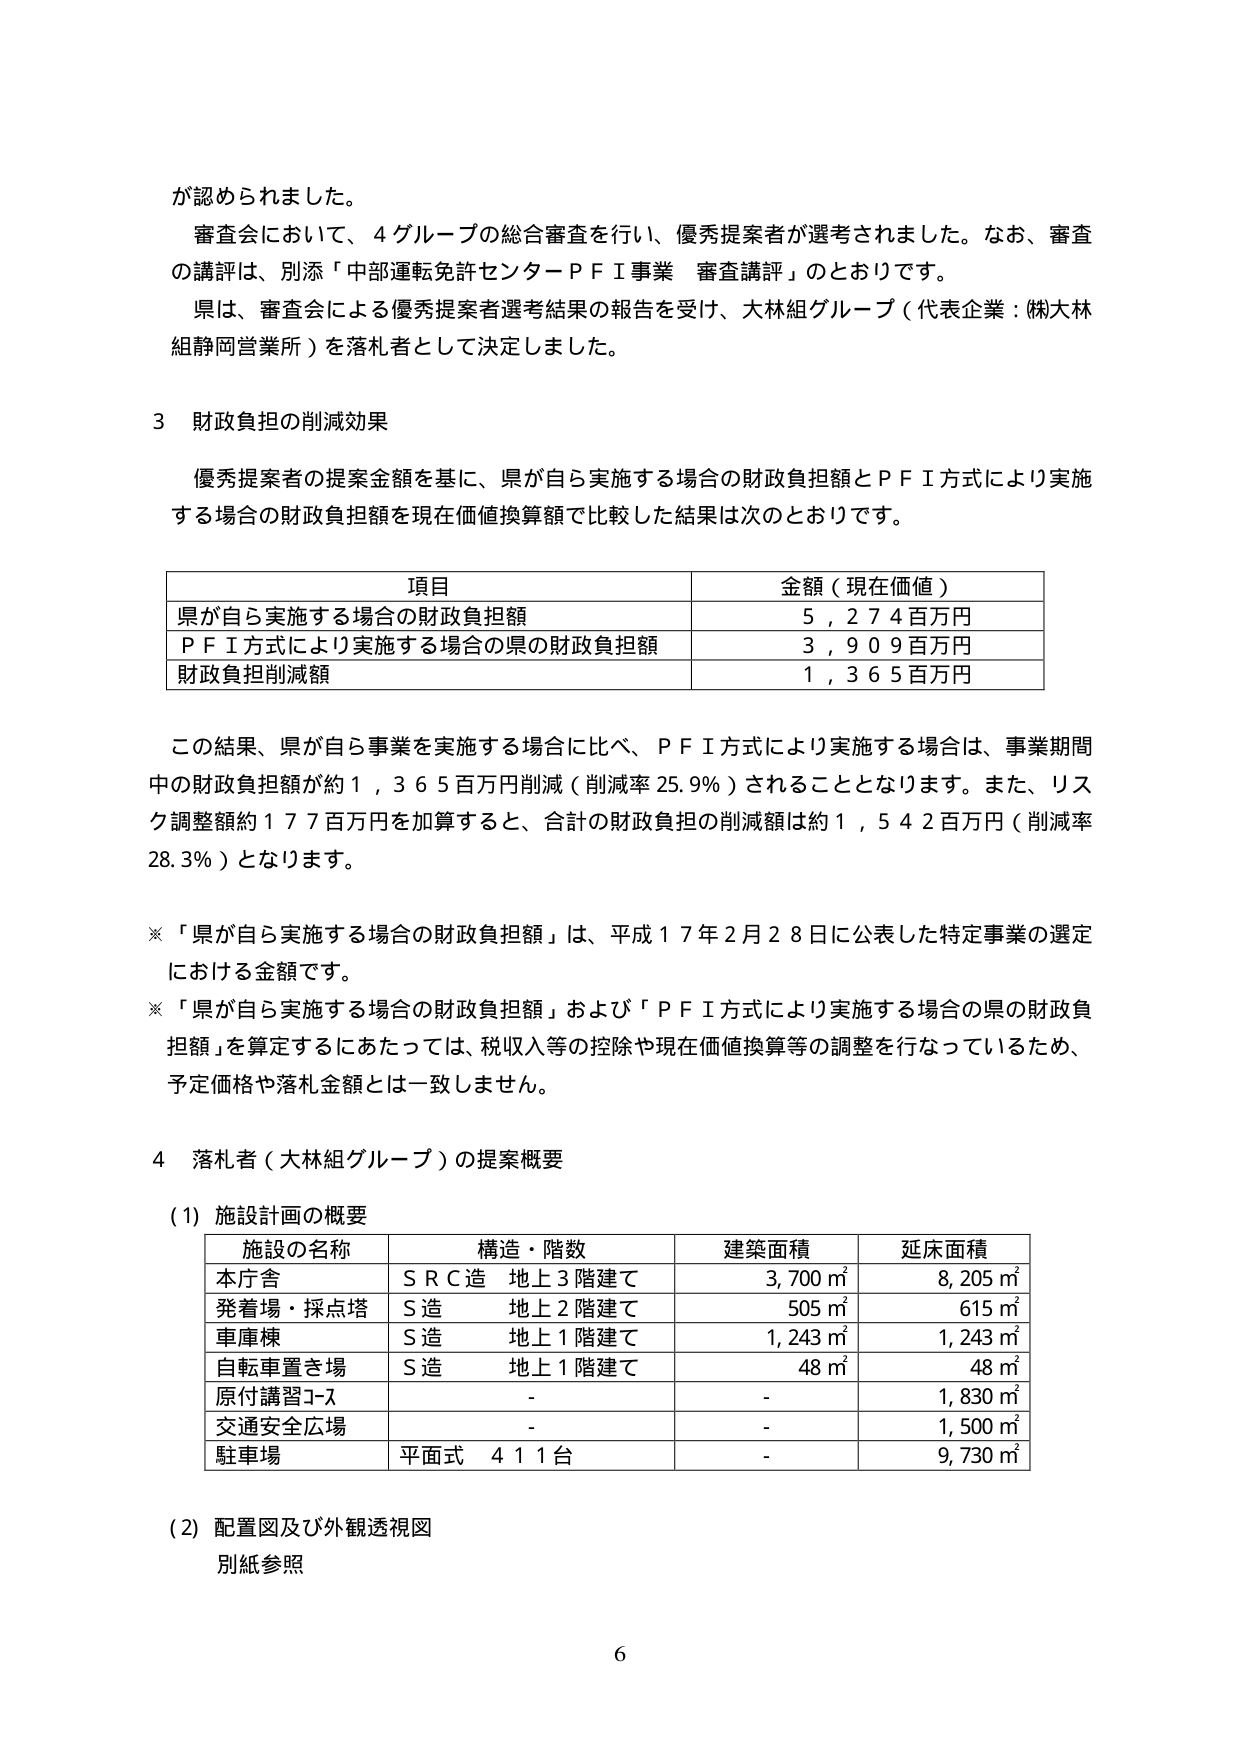
が認められました。

審査会において、４グループの総合審査を行い、優秀提案者が選考されました。なお、審査の講評は、別添「中部運転免許センターＰＦＩ事業 審査講評」のとおりです。

県は、審査会による優秀提案者選考結果の報告を受け、大林組グループ（代表企業：㈱大林組静岡営業所）を落札者として決定しました。

３ 財政負担の削減効果

優秀提案者の提案金額を基に、県が自ら実施する場合の財政負担額とＰＦＩ方式により実施する場合の財政負担額を現在価値換算額で比較した結果は次のとおりです。

| 項目 | 金額（現在価値） |
|---|---|
| 県が自ら実施する場合の財政負担額 | ５，２７４百万円 |
| ＰＦＩ方式により実施する場合の県の財政負担額 | ３，９０９百万円 |
| 財政負担削減額 | １，３６５百万円 |

この結果、県が自ら事業を実施する場合に比べ、ＰＦＩ方式により実施する場合は、事業期間中の財政負担額が約１，３６５百万円削減（削減率25.9％）されることとなります。また、リスク調整額約１７７百万円を加算すると、合計の財政負担の削減額は約１，５４２百万円（削減率28.3％）となります。

※「県が自ら実施する場合の財政負担額」は、平成１７年２月２８日に公表した特定事業の選定における金額です。

※「県が自ら実施する場合の財政負担額」および「ＰＦＩ方式により実施する場合の県の財政負担額」を算定するにあたっては、税収入等の控除や現在価値換算等の調整を行なっているため、予定価格や落札金額とは一致しません。

４ 落札者（大林組グループ）の提案概要

（1）施設計画の概要

| 施設の名称 | 構造・階数 | 建築面積 | 延床面積 |
|---|---|---|---|
| 本庁舎 | ＳＲＣ造 地上３階建て | 3,700 ㎡ | 8,205 ㎡ |
| 発着場・採点塔 | Ｓ造 地上２階建て | 505 ㎡ | 615 ㎡ |
| 車庫棟 | Ｓ造 地上１階建て | 1,243 ㎡ | 1,243 ㎡ |
| 自転車置き場 | Ｓ造 地上１階建て | 48 ㎡ | 48 ㎡ |
| 原付講習ｺｰｽ | - | - | 1,830 ㎡ |
| 交通安全広場 | - | - | 1,500 ㎡ |
| 駐車場 | 平面式 ４１１台 | - | 9,730 ㎡ |

（2）配置図及び外観透視図
別紙参照

6